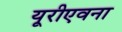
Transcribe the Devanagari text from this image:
यूरीएवना